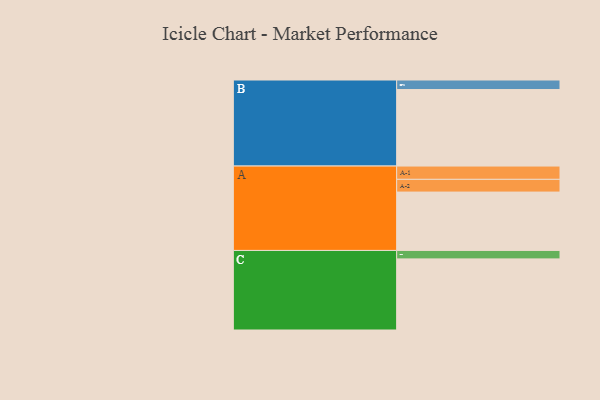
{"axis": {"x": "Segment", "y": "Value"}, "legend": ["", "A", "B", "C"], "data": [{"x": "A", "y": 422, "type": ""}, {"x": "B", "y": 553, "type": ""}, {"x": "C", "y": 514, "type": ""}, {"x": "A-1", "y": 96, "type": "A"}, {"x": "A-2", "y": 92, "type": "A"}, {"x": "B-1", "y": 69, "type": "B"}, {"x": "C-1", "y": 61, "type": "C"}]}